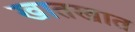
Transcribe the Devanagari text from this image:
खातखात